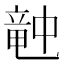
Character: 𥪝